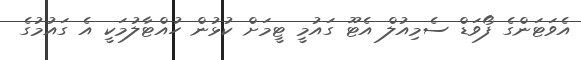
އެވަޓަންގެ ފޯވަޑް ސެމިއުލް އެޓޫ ގައުމީ ޓީމަށް ކުޅުން ހުއްޓާލުމަކީ އެ ގައުމުގެ